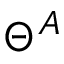
\Theta ^ { A }